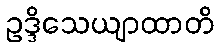
ဥဒ္ဒိသေယျာထာတိ